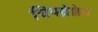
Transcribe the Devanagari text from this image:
चिपव्रेक्केड